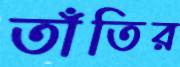
তাঁতির